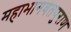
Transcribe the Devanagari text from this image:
महाभागवतपुराण